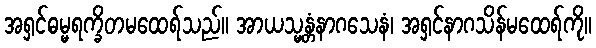
အရှင်ဓမ္မရက္ခိတမထေရ်သည်။ အာယသ္မန္တံနာဂသေနံ၊ အရှင်နာဂသိန်မထေရ်ကို။